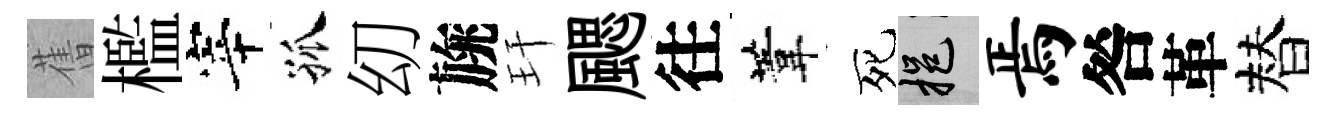
𦾔檻宰孤㓜旐玕颸往葦死挹焉咎革替